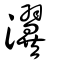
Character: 瀷